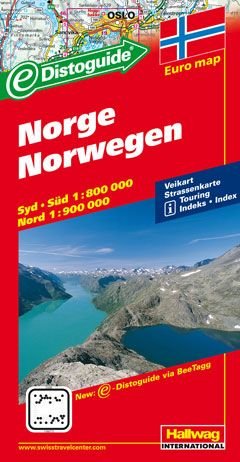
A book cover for Norway, Distoguide;; Travel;